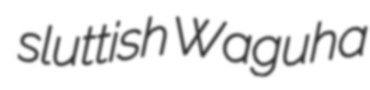
sluttish Waguha